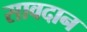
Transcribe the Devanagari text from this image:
सावदान